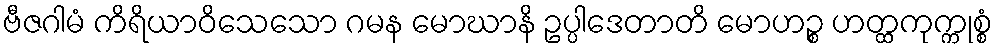
ဗီဇဂါမံ ကိရိယာဝိသေသော ဂမန မောဃာနိ ဥပ္ပါဒေတာတိ မောဟဉ္စ ဟတ္ထကုက္ကုစ္စံ